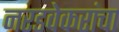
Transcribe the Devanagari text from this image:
नरडवेकरांचा